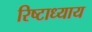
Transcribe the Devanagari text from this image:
रिष्टाध्याय